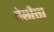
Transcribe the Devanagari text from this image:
मेलीसा